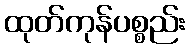
ထုတ်ကုန်ပစ္စည်း